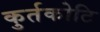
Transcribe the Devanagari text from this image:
कुर्तकोटि